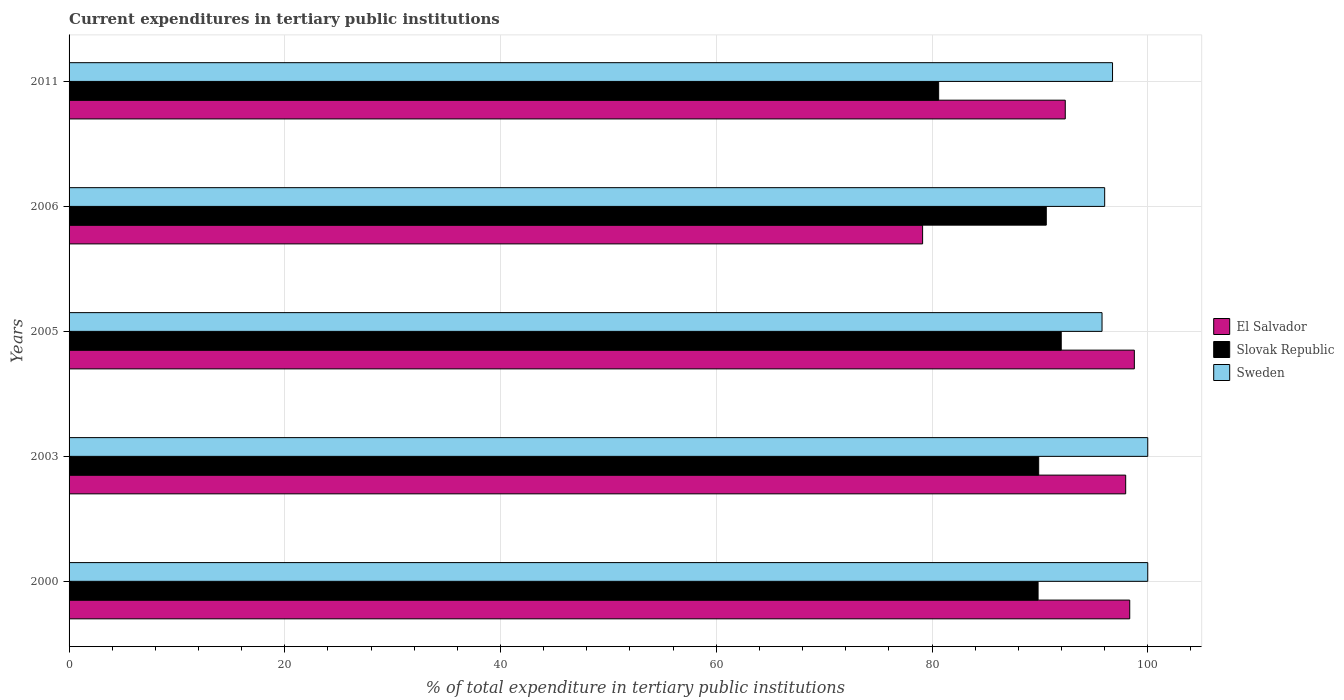
| Years | El Salvador | Slovak Republic | Sweden |
 | --- | --- | --- | --- |
 | 2000 | 98.3 | 89.8 | 100 |
 | 2003 | 98 | 89.9 | 100 |
 | 2005 | 98.8 | 92 | 95.8 |
 | 2006 | 79.1 | 90.6 | 96 |
 | 2011 | 92.4 | 80.6 | 96.7 |